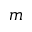
m